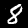
Label: 8